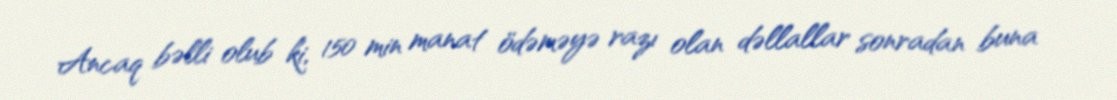
Ancaq bəlli olub ki, 150 min manat ödəməyə razı olan dəllallar sonradan buna